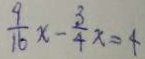
\frac { 9 } { 1 6 } x - \frac { 3 } { 4 } x = 4